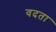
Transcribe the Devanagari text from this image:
वदता